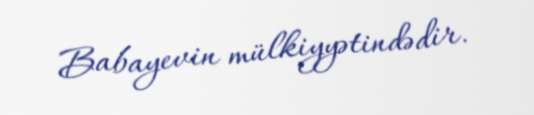
Babayevin mülkiyyətindədir.